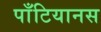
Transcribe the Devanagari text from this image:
पाँटियानस